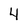
Character: 4